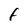
Character: f